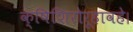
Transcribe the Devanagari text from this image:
क्षिशिरोरूहावहे।